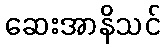
ဆေးအာနိသင်